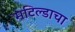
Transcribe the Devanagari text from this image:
मटिल्डाचा